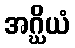
အဂ္ဃိယံ